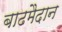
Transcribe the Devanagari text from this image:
बाढमैदान